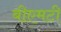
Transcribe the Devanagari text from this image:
बीएमटी